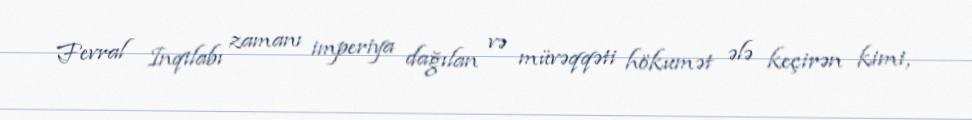
Fevral Inqilabı zamanı imperiya dağılan və müvəqqəti hökumət ələ keçirən kimi,